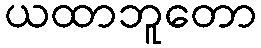
ယထာဘူတော